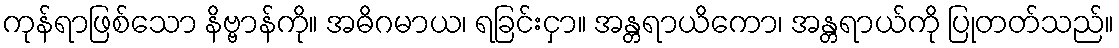
ကုန်ရာဖြစ်သော နိဗ္ဗာန်ကို။ အဓိဂမာယ၊ ရခြင်းငှာ။ အန္တရာယိကော၊ အန္တရာယ်ကို ပြုတတ်သည်။